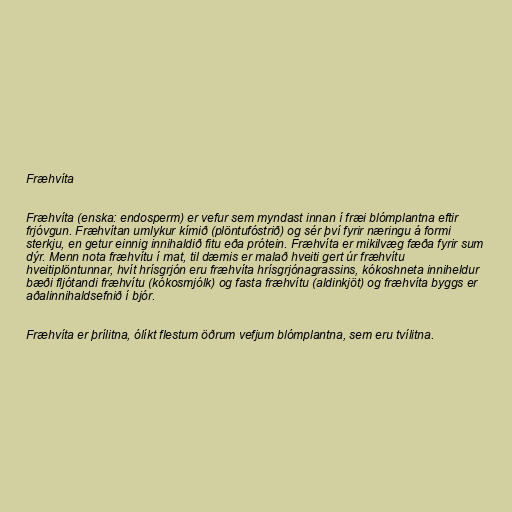
Fræhvíta

Fræhvíta (enska: endosperm) er vefur sem myndast innan í fræi blómplantna eftir
frjóvgun. Fræhvítan umlykur kímið (plöntufóstrið) og sér því fyrir næringu á formi
sterkju, en getur einnig innihaldið fitu eða prótein. Fræhvíta er mikilvæg fæða fyrir sum
dýr. Menn nota fræhvítu í mat, til dæmis er malað hveiti gert úr fræhvítu
hveitiplöntunnar, hvít hrísgrjón eru fræhvíta hrísgrjónagrassins, kókoshneta inniheldur
bæði fljótandi fræhvítu (kókosmjólk) og fasta fræhvítu (aldinkjöt) og fræhvíta byggs er
aðalinnihaldsefnið í bjór.

Fræhvíta er þrílitna, ólíkt flestum öðrum vefjum blómplantna, sem eru tvílitna.